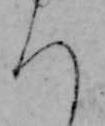
ち